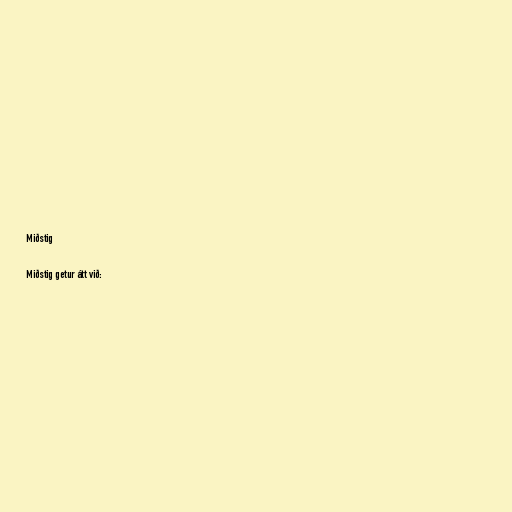
Miðstig

Miðstig getur átt við: